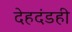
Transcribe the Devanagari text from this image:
देहदंडही